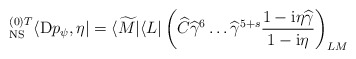
\begin{align*}{}^{(0) T}_{\rm NS} \langle {\rm D}p_{\psi} , \eta | = \langle\widetilde M | \langle L | \left( \widehat C {\widehat{\gamma}}^{6}\dots {\widehat{\gamma}}^{5+s} \frac{1 - {\rm i}\eta\widehat\gamma}{1- {\rm i}\eta} \right)_{LM}\end{align*}